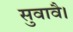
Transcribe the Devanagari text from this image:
सुवावै।